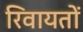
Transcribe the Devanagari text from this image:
रिवायतों